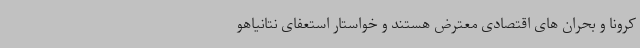
کرونا و بحران های اقتصادی معترض هستند و خواستار استعفای نتانیاهو